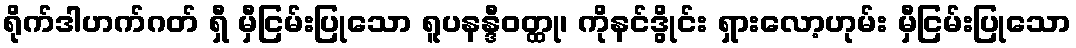
ရိုက်ဒါဟက်ဂတ် ရှီ မှီငြမ်းပြုသော ရူပနန္ဒီဝတ္ထု၊ ကိုနင်ဒွိုင်း ရှားလော့ဟုမ်း မှီငြမ်းပြုသော